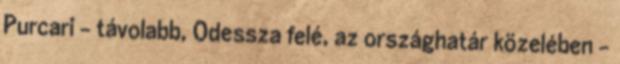
Purcari – távolabb, Odessza felé, az országhatár közelében –